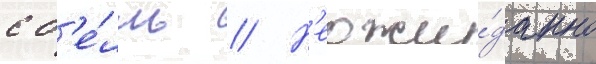
с б'е́лль // Н'еожи́данно